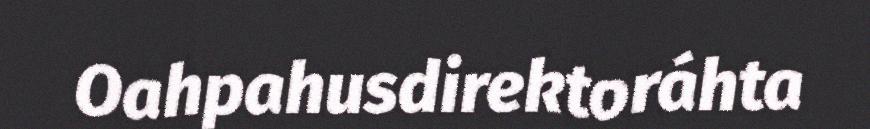
Oahpahusdirektoráhta